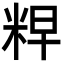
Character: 𮇘